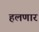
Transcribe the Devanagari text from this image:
हलणार